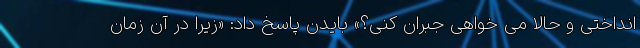
انداختی و حالا می خواهی جبران کنی؟» بایدن پاسخ داد: «زیرا در آن زمان